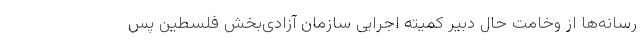
رسانه‌ها از وخامت حال دبیر کمیته اجرایی سازمان آزادی‌بخش فلسطین پس